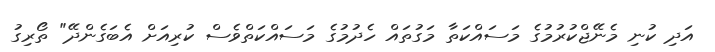
އަދި ކުނި މެނޭޖްކުރުމުގެ މަސައްކަތާ މަގުތައް ހެދުމުގެ މަސައްކަތްވެސް ކުރިއަށް އެބަަގެންދޭ" ތޯރިގު